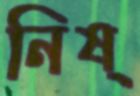
নিষ্